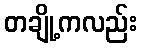
တချို့ကလည်း